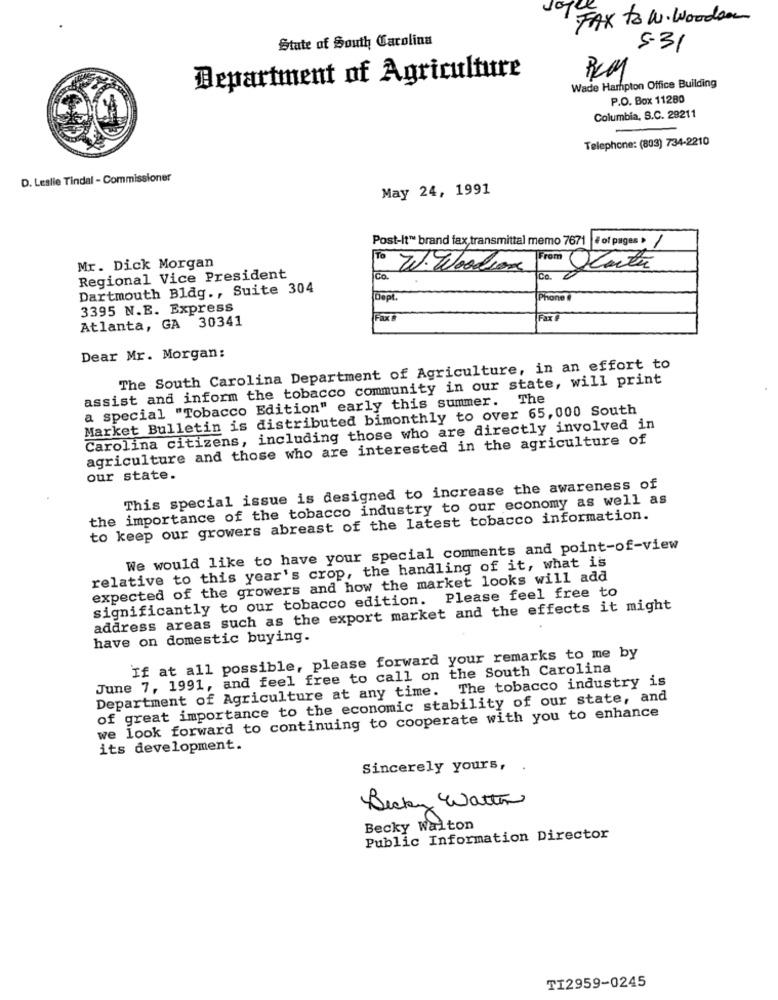
FAX to W. Wooden
State of South Carolina
5-31
Department of Agriculture
Wade Hampton Office Building
P.O. Box 11280
Columbia, S.C. 29211
Telephone: (803) 734-2210
D. Leslie Tindal - Commissioner
May 24, 1991
Post-It™ brand fax, transmittal memo 7671 |# of pages » /
To
Mr. Dick Morgan
W. Woodson
From Olata
Regional Vice President
Co.
Co.
Dartmouth Bldg ., Suite 304
Dept.
Phone
3395 N.E. Express
Atlanta, GA 30341
FaxT
Dear Mr. Morgan:
The South Carolina Department of Agriculture, in an effort to
assist and inform the tobacco community in our state, will print
a special "Tobacco Edition" early this summer. The
Market Bulletin is distributed bimonthly to over 65,000 South
Carolina citizens, including those who are directly involved in
agriculture and those who are interested in the agriculture of
our state.
This special issue is designed to increase the awareness of
the importance of the tobacco industry to our economy as well as
to keep our growers abreast of the latest tobacco information.
We would like to have your special comments and point-of-view
relative to this year's crop, the handling of it, what is
expected of the growers and how the market looks will add
significantly to our tobacco edition. Please feel free to
address areas such as the export market and the effects it might
have on domestic buying.
If at all possible, please forward your remarks to me by
June 7, 1991, and feel free to call on the South Carolina
Department of Agriculture at any time. The tobacco industry is
of great importance to the economic stability of our state, and
we look forward to continuing to cooperate with you to enhance
its development.
Sincerely yours,
Becky Watten
Becky Walton
Public Information Director
TI2959-0245